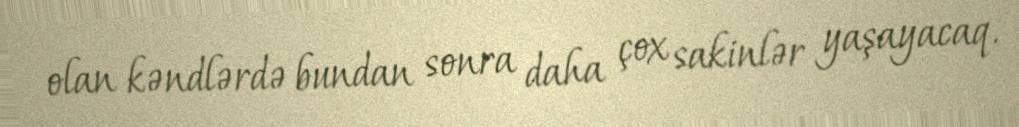
olan kəndlərdə bundan sonra daha çox sakinlər yaşayacaq.